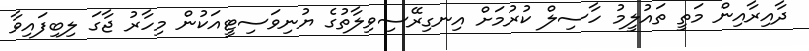
ދާއިރާއިން މަތީ ތައުލީމު ހާސިލް ކުރުމަށް އިނގިރޭސިވިލާތުގެ ޔުނިވަސިޓީއަކުން މިހާރު ޖާގަ ލިބިފައިވާ